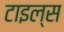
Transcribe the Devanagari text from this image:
टाइल्‍स